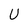
Character: U